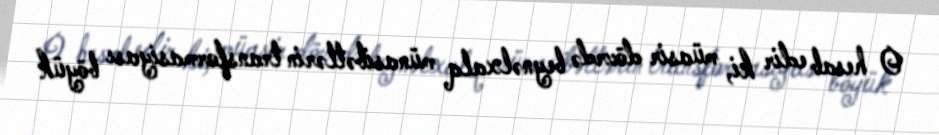
O hesab edir ki, müasir dövrdə beynəlxalq münasibətlərin transformasiyası böyük